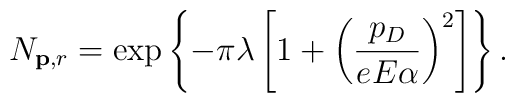
N_{{\bf p},r}=\exp\left\{-\pi\lambda\left[1+\left(\frac{p_D}{eE\alpha}\right)^2\right]\right\}.